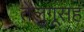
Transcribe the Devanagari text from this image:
तेलुगूसह